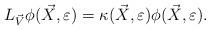
LaTeX: \begin{align*}L_{\vec V } \phi (\vec {X},\varepsilon ) = \kappa(\vec{X},\varepsilon ) \phi (\vec {X},\varepsilon ).\end{align*}